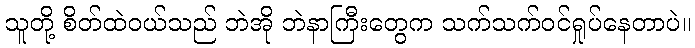
သူတို့ စိတ်ထဲဝယ်သည် ဘဲအို ဘဲနာကြီးတွေက သက်သက်ဝင်ရှုပ်နေတာပဲ။